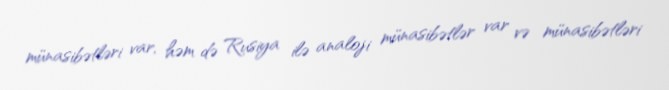
münasibətləri var, həm də Rusiya ilə analoji münasibətlər var və münasibətləri